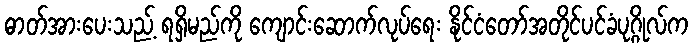
ဓာတ်အားပေးသည့် ရရှိမည်ကို ကျောင်းဆောက်လုပ်ရေး နိုင်ငံတော်အတိုင်ပင်ခံပုဂ္ဂိုလ်က